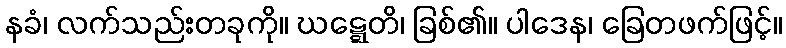
နခံ၊ လက်သည်းတခုကို။ ဃဋ္ဋေတိ၊ ခြစ်၏။ ပါဒေန၊ ခြေတဖက်ဖြင့်။